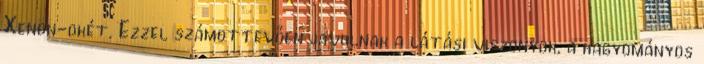
Xenon-okét. Ezzel számottevően javulnak a látási viszonyok, a hagyományos